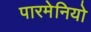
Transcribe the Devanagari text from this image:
पारमेनियो